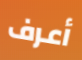
أعرف